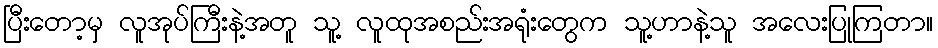
ပြီးတော့မှ လူအုပ်ကြီးနဲ့အတူ သူ့ လူထုအစည်းအရုံးတွေက သူ့ဟာနဲ့သူ အလေးပြုကြတာ။